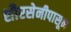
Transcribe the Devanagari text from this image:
शौरसेनीपासून